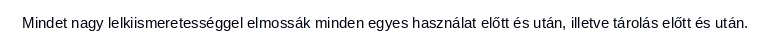
Mindet nagy lelkiismeretességgel elmossák minden egyes használat előtt és után, illetve tárolás előtt és után.